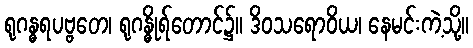
ရုဂန္ဓရပဗ္ဗတေ၊ ရုဂန္ဓိုရ်တောင်၌။ ဒိဝသရောဝိယ၊ နေမင်းကဲ့သို့။